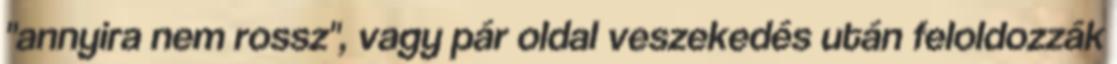
"annyira nem rossz", vagy pár oldal veszekedés után feloldozzák